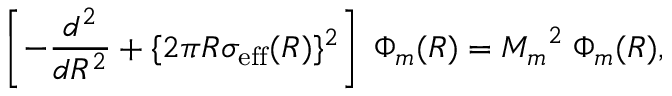
\left[ - \frac { d ^ { 2 } } { d R ^ { 2 } } + \{ 2 \pi R \sigma _ { \mathrm { e f f } } ( R ) \} ^ { 2 } \right] \; \Phi _ { m } ( R ) = { M _ { m } } ^ { 2 } \; \Phi _ { m } ( R ) ,